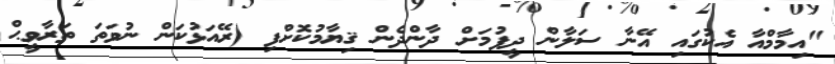
"އިމާމްއާ އެކުގައި އޭނާ ސަލާން ދީފުމަށް ދާންދެން ޤިޔާމުކޮށްފި (ރޭއަޅުކަން ނުވަތަ ތަރާވީޙް